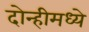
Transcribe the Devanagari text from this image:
दोन्हीमध्ये